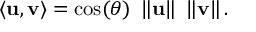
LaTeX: \langle \mathbf { u } , \mathbf { v } \rangle = \cos ( \theta ) \ \left\| \mathbf { u } \right\| \ \left\| \mathbf { v } \right\| .